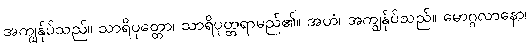
အကျွန်ုပ်သည်။ သာရိပုတ္တော၊ သာရိပုတ္တရာမည်၏။ အဟံ၊ အကျွန်ုပ်သည်။ မောဂ္ဂလာနော၊